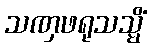
သဏှဖရုသသ္မိံ